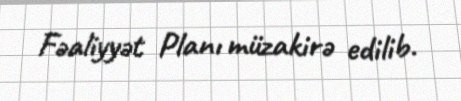
Fəaliyyət Planı müzakirə edilib.